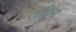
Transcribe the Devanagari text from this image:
तद्भिन